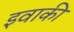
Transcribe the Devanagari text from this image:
इवाकी